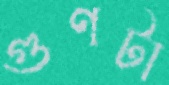
গুণটা